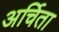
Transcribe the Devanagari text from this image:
अर्चिता